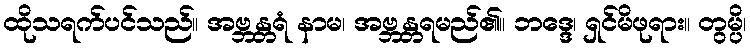
ထိုသရက်ပင်သည်။ အဗ္ဘန္တရံ နာမ၊ အဗ္ဘန္တရမည်၏။ ဘဒ္ဒေ၊ ရှင်မိဖုရား။ တွမ္ပိ၊